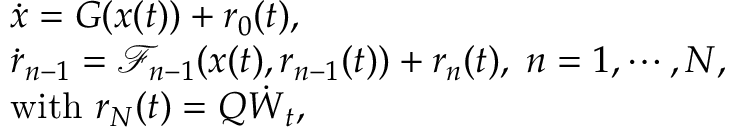
\begin{array} { r l } & { \dot { \boldsymbol { x } } = G ( \boldsymbol { x } ( t ) ) + \boldsymbol { r } _ { 0 } ( t ) , } \\ & { \dot { \boldsymbol { r } } _ { n - 1 } = \mathcal { F } _ { n - 1 } ( \boldsymbol { x } ( t ) , \boldsymbol { r } _ { n - 1 } ( t ) ) + \boldsymbol { r } _ { n } ( t ) , \; n = 1 , \cdots , N , } \\ & { \mathrm { w i t h ~ } \boldsymbol { r } _ { N } ( t ) = \boldsymbol { Q } \dot { { \boldsymbol { W } } } _ { t } , } \end{array}